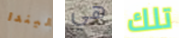
ليندا هي تلك